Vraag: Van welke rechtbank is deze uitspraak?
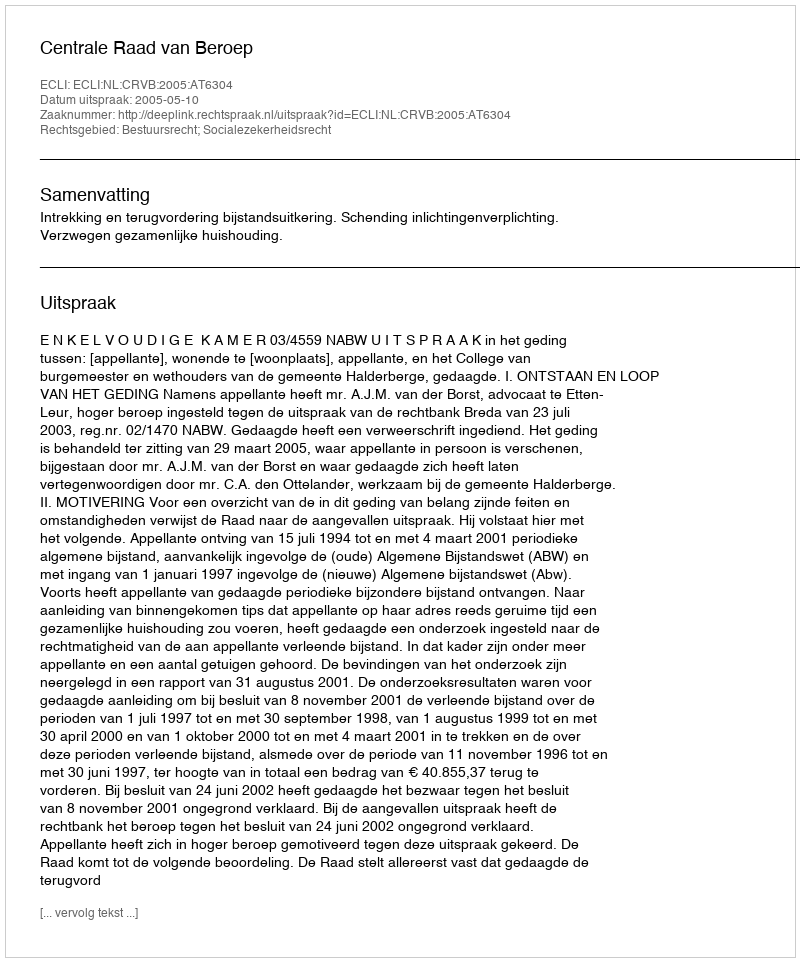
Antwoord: Centrale Raad van Beroep